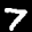
Label: 7